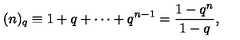
( n ) _ { q } \equiv 1 + q + \cdots + q ^ { n - 1 } = \frac { 1 - q ^ { n } } { 1 - q } ,